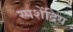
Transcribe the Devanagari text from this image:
स्पशेंद्रिय